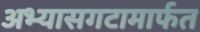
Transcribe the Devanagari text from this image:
अभ्यासगटामार्फत